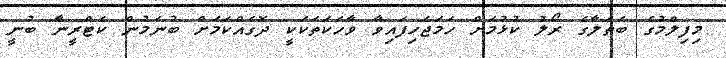
މިފިލްމުގެ ބަތަލާގެ ރޯލު ކުޅުމަށް ހަމަޖެހިފައިވާ ވާހަކަތަކަކީ ދޮގެއްކަމަށް ބުނަމުން ކެޓްރީނާ ބުނީ